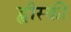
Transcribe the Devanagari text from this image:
ह्वीस्की